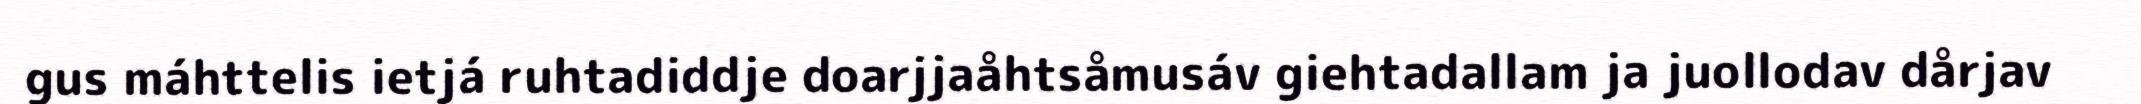
gus máhttelis ietjá ruhtadiddje doarjjaåhtsåmusáv giehtadallam ja juollodav dårjav